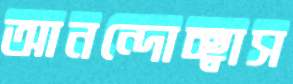
আনন্দোচ্ছ্বাস